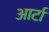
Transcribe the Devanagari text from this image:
आर्टा